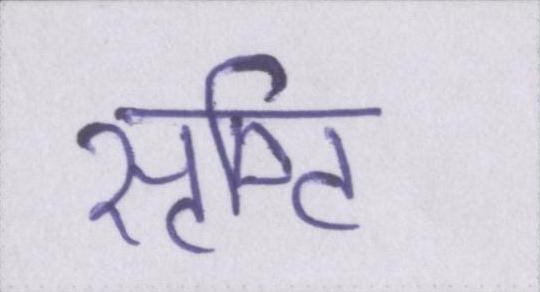
सृष्टि